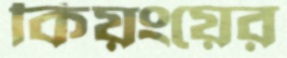
কিয়ংয়ের